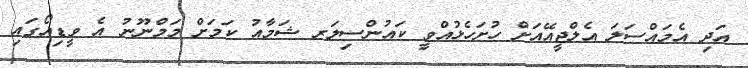
އަދި އެމައްސަލަ އެލްޖީއޭއަށް ހުުށަހެޅުއްވީ ކައުންސިލަރ ޝަމާއު ކަމަށް މަމްނޫނު އެ ވީޑިއޯގައި